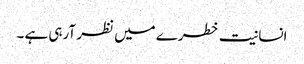
انسانیت خطرے میں نظر آرہی ہے ۔